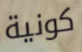
كونية